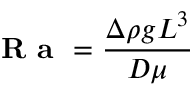
{ \textbf { R a } } = { \frac { \Delta \rho g L ^ { 3 } } { D \mu } }